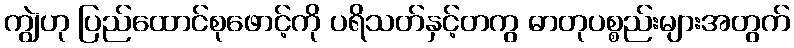
ကျွဲဟု ပြည်ထောင်စုဖောင့်ကို ပရိသတ်နှင့်တကွ ဓာတုပစ္စည်းများအတွက်